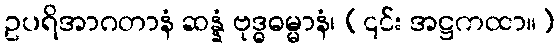
ဥပရိအာဂတာနံ ဆန္နံ ဗုဒ္ဓဓမ္မာနံ၊ (၎င်း အဋ္ဌကထာ။)